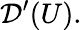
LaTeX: {\mathcal{D}}^{\prime}(U).